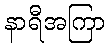
နာရီအကြာ